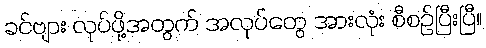
ခင်ဗျား လုပ်ဖို့အတွက် အလုပ်တွေ အားလုံး စီစဉ်ပြီးပြီ။